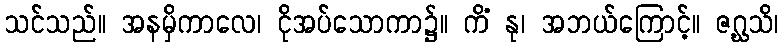
သင်သည်။ အနမှိကာလေ၊ ငိုအပ်သောကာ၌။ ကိံ နု၊ အဘယ်ကြောင့်။ ဇဂ္ဃသိ၊